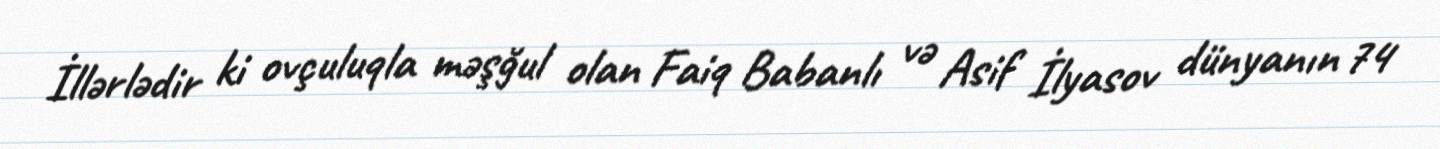
İllərlədir ki ovçuluqla məşğul olan Faiq Babanlı və Asif İlyasov dünyanın 74